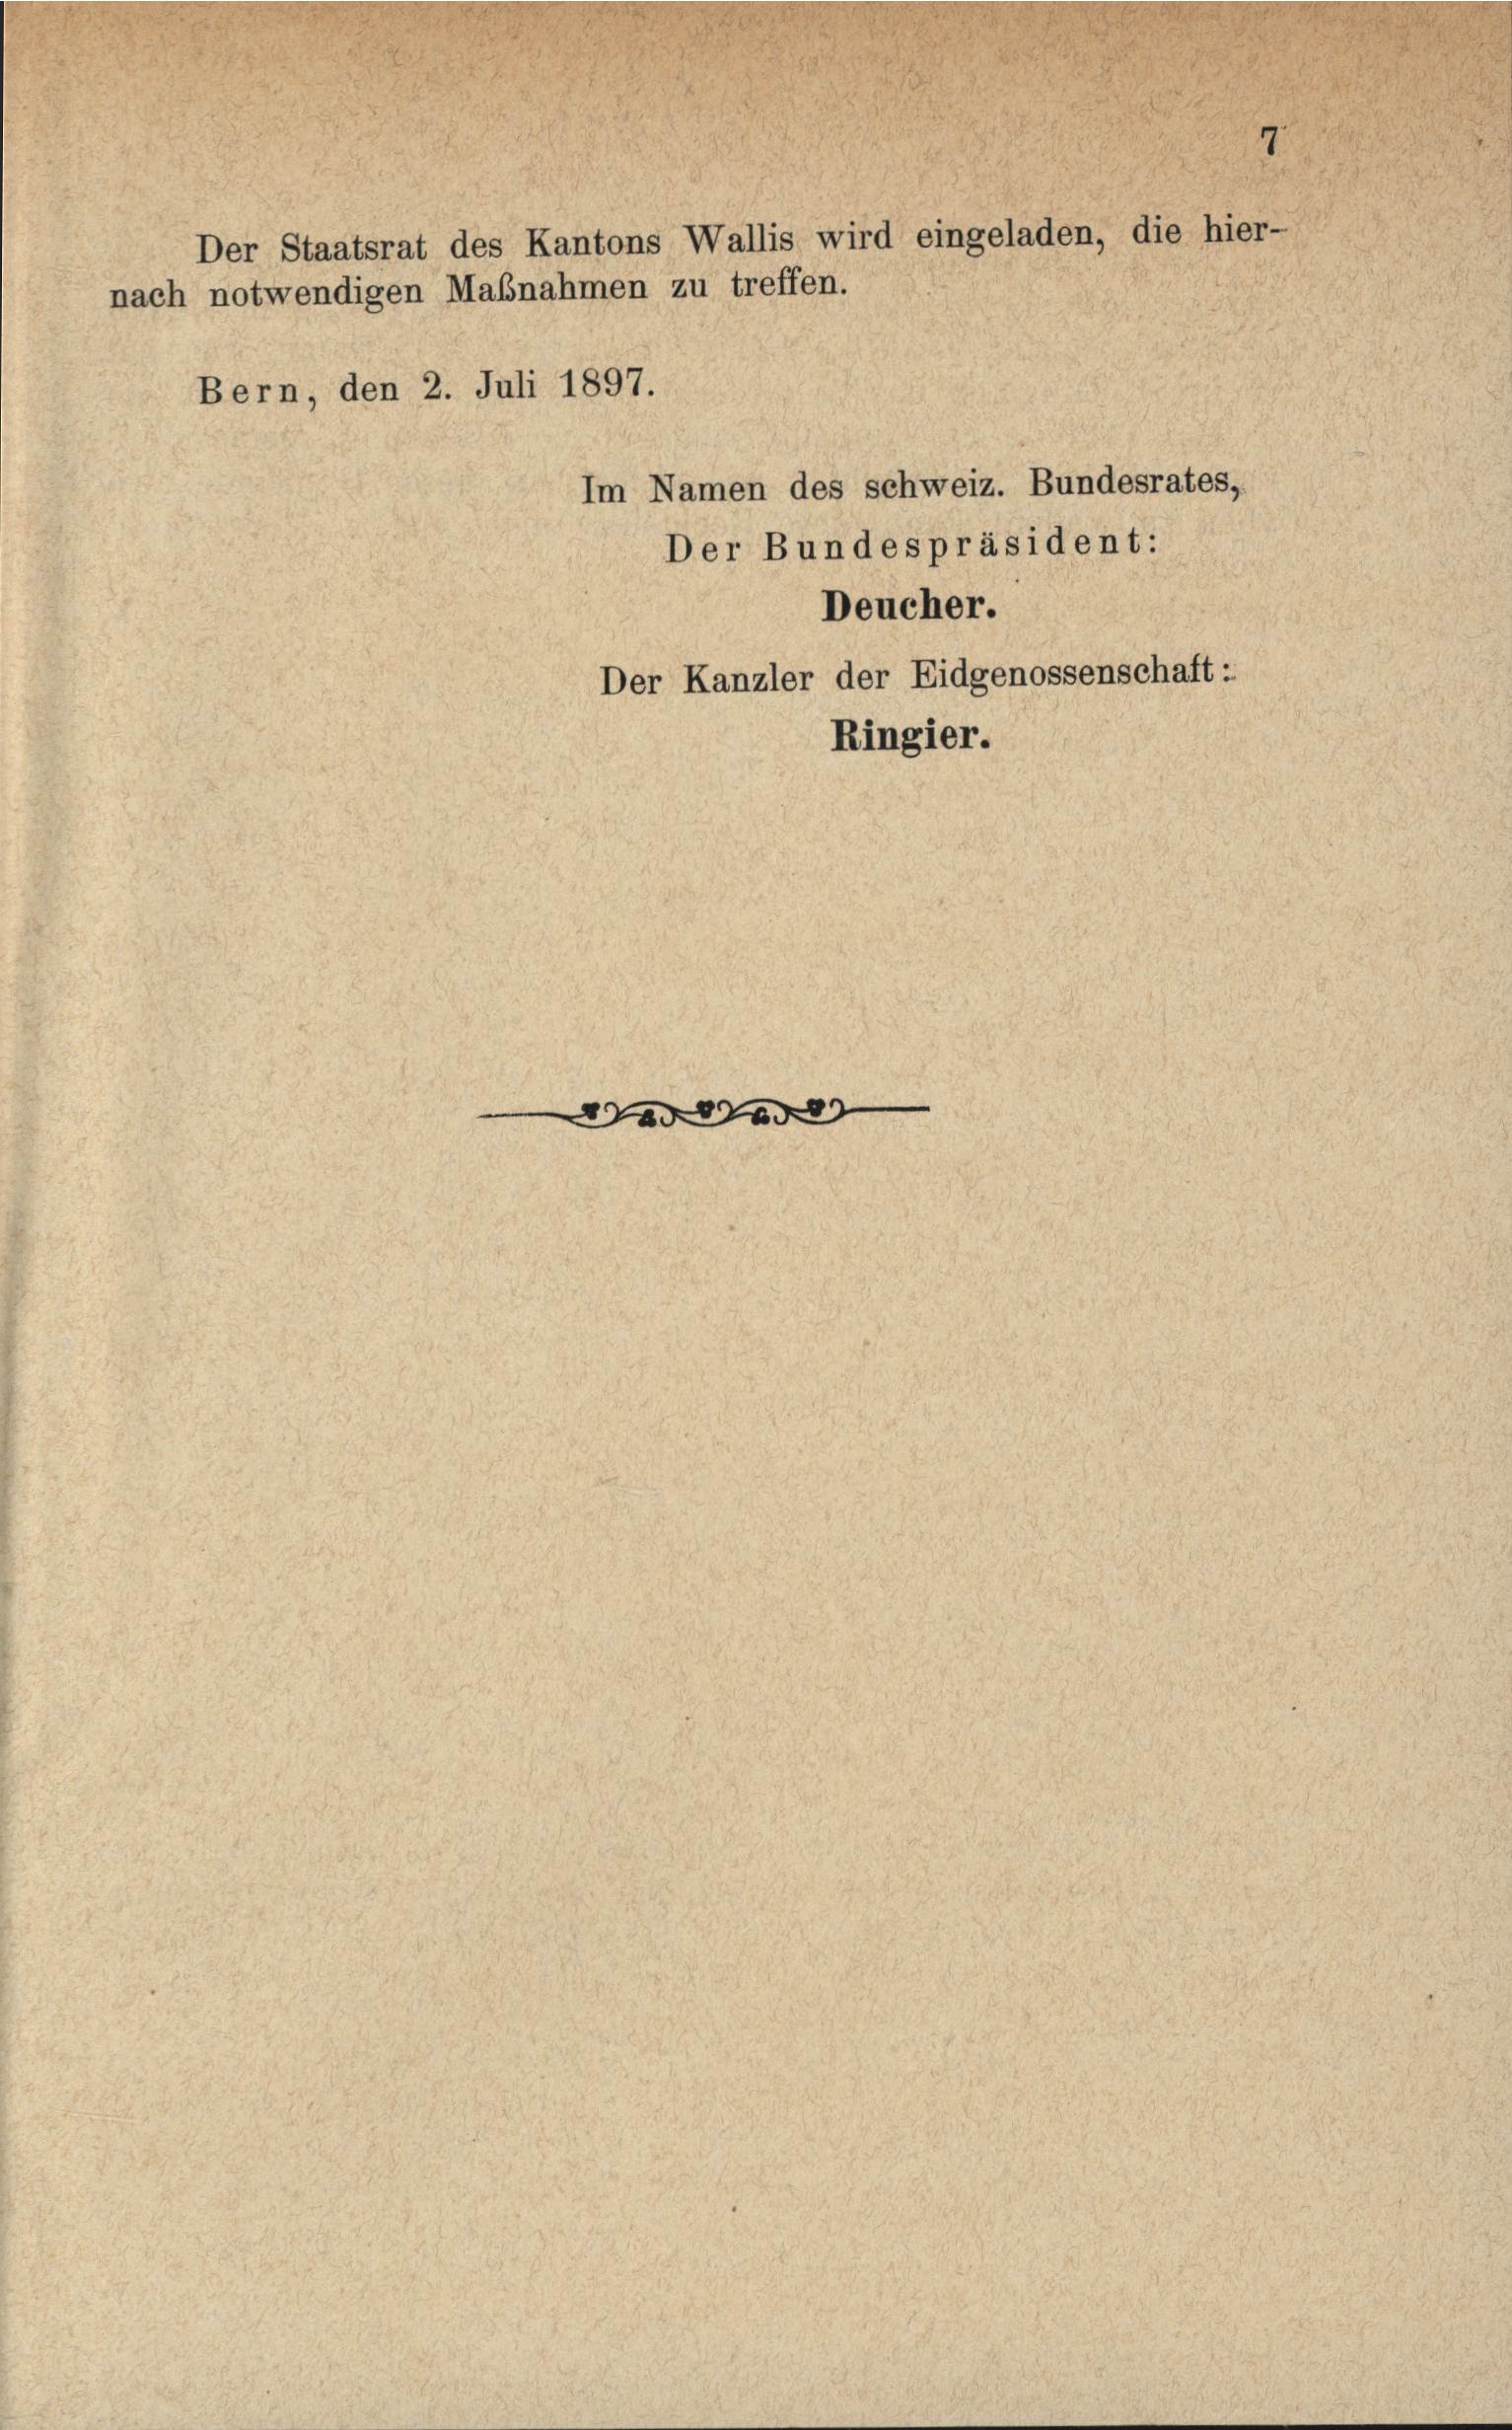
Der Staatsrat des Kantons Wallis wird eingeladen, die hier-
nach notwendigen Mabnahmen zu treffen.

Bern, den 2. Juli 1897.

Im Namen des schweiz. Bundesrates,
Der Bundespräsident:
Deucher.
Der Kanzler der Eidgenossenschaft:
Ringier.

ad